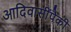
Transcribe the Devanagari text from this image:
आदिवासींपैकी